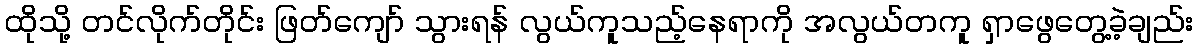
ထိုသို့ တင်လိုက်တိုင်း ဖြတ်ကျော် သွားရန် လွယ်ကူသည့်နေရာကို အလွယ်တကူ ရှာဖွေတွေ့ခဲ့ချည်း